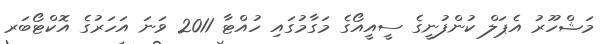
މަޝްހޫރު އެޕަލް ކުންފުނީގެ ސީއީއޯގެ މަގާމުގައި ހުއްޓާ 2011 ވަނަ އަހަރުގެ އޮކްޓޯބަރ